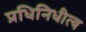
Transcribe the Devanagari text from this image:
प्रधिनिधीत्व